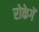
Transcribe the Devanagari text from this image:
रोकेगें